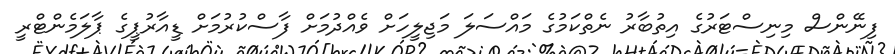
ފިނޭންސް މިނިސްޓަރުގެ އިތުބާރު ނެތްކަމުގެ މައްސަލަ މަޖިލީހަށް ވެއްދުމަށް ފާސްކުރުމަށް ޑީއާރުޕީގެ ޕާލަމެންޓްރީ